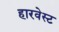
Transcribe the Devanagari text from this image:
हारवेस्ट